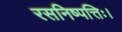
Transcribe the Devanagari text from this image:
रसनिष्पत्तिः।